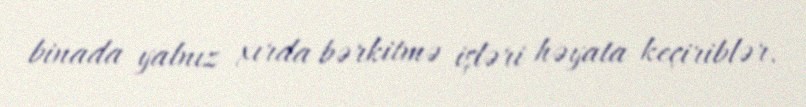
binada yalnız xırda bərkitmə işləri həyata keçiriblər.